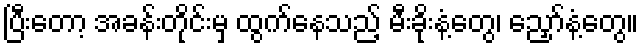
ပြီးတော့ အခန်းတိုင်းမှ ထွက်နေသည့် မီးခိုးနံ့တွေ၊ ညှော်နံ့တွေ။